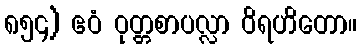
၈၅၄) ဧဝံ ဝုတ္တစာပလ္လာ ဝိရဟိတော။